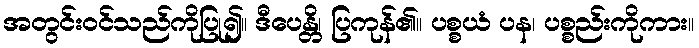
အတွင်းဝင်သည်ကိုပြု၍။ ဒီပေန္တိ၊ ပြကုန်၏။ ပစ္စယံ ပန၊ ပစ္စည်းကိုကား။